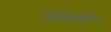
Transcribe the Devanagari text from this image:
फ़ोरकास्टिंग